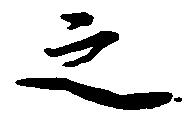
之